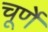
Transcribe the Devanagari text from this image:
चूर्णे